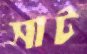
সাট